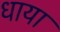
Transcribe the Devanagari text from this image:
धाया